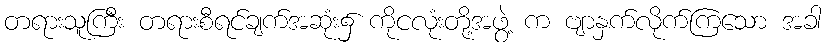
တရားသူကြီး တရားစီရင်ချက်အဆုံး၌ ကိုငလုံးတို့အဖွဲ့ က ဗျာနှက်လိုက်ကြသော အခါ